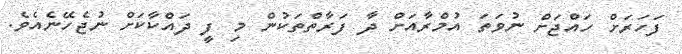
ފަހަރަށް ހައްޖަށް ނުވަތަ އުމްރާއަށް ދާ ފަރާތްތަކުން މި ފީ ދައްކާކަށް ނުޖެހޭނެއެވެ.